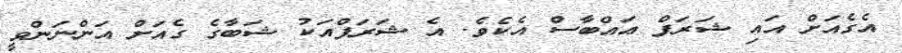
އެގެއަށް އައި ޝަރަފް ޢައްބާސް އެކެވެ. އެ ޝަރަފްއަކު ޝަބާގެ ގެއަށް އަންނަންވީ